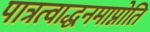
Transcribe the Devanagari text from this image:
पात्रत्वाद्धनमाप्नोति